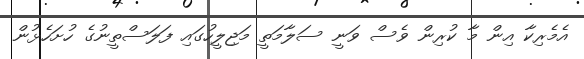
އެމެރިކާ އިން މާ ކުރިން ވެސް ވަނީ ސަލާމަތީ މަޖިލީހުގައި ފަލަސްތީނުގެ ހުށަހެޅުން